Indian journal of veterinary science and animal husbandry - Volumes 18-21, 1948-1951
Year: 1948
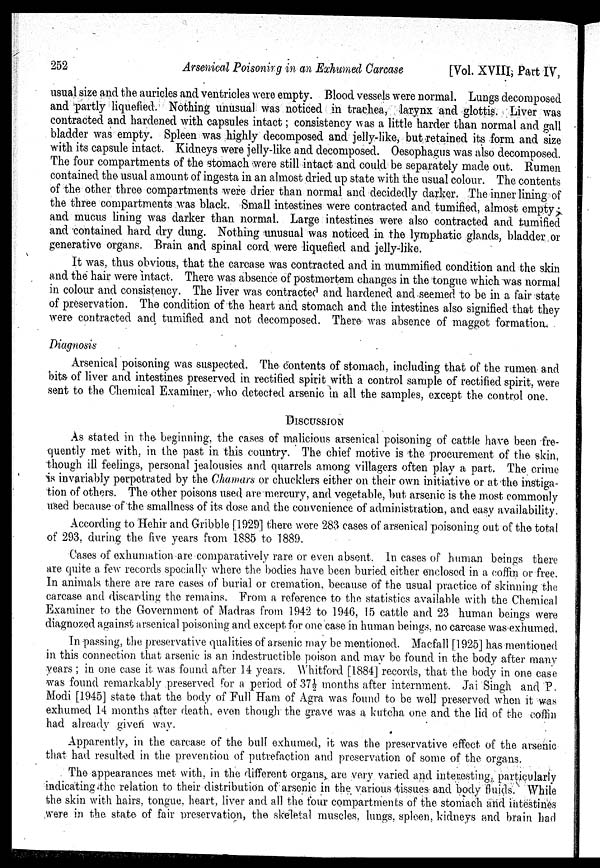
252
Arsenical Poisoning in an Exhumed Carcase
[Vol. XVIII, Part IV,
usual size and the auricles and ventricles were empty. Blood vessels were normal. Lungs decomposed
and partly liquefied. Nothing unusual was noticed in trachea, larynx and glottis. Liver was
contracted and hardened with capsules intact; consistency was a little harder than normal and gall
bladder was empty. Spleen was highly decomposed and jelly-like, but retained its form and size
with its capsule intact. Kidneys were jelly-like and decomposed. Oesophagus was also decomposed.
The four compartments of the stomach were still intact and could be separately made out. Rumen
contained the usual amount of ingesta in an almost dried up state with the usual colour. The contents
of the other three compartments were drier than normal and decidedly darker. The inner lining of
the three compartments was black. Small intestines were contracted and tumified, almost empty
and mucus lining was darker than normal. Large intestines were also contracted and tumified
and contained hard dry dung. Nothing unusual was noticed in the lymphatic glands, bladder or
generative organs. Brain and spinal cord were liquefied and jelly-like.
It was, thus obvious, that the carcase was contracted and in mummified condition and the skin
and the hair were intact. There was absence of postmortem changes in the tongue which was normal
in colour and consistency. The liver was contracted and hardened and seemed to be in a fair state
of preservation. The condition of the heart and stomach and the intestines also signified that they
were contracted and tumified and not decomposed. There was absence of maggot formation.
Diagnosis
Arsenical poisoning was suspected. The contents of stomach, including that of the rumen and
bits of liver and intestines preserved in rectified spirit with a control sample of rectified spirit, were
sent to the Chemical Examiner, who detected arsenic in all the samples, except the control one.
DISCUSSION
As stated in the beginning, the cases of malicious arsenical poisoning of cattle have been fre-
quently met with, in the past in this country. The chief motive is the procurement of the skin,
though ill feelings, personal jealousies and quarrels among villagers often play a part. The crime
is invariably perpetrated by the Chamars or chucklers either on their own initiative or at the instiga-
tion of others. The other poisons used are mercury, and vegetable, but arsenic is the most commonly
used because of the smallness of its dose and the convenience of administration, and easy availability.
According to Hehir and Gribble [1929] there were 283 cases of arsenical poisoning out of the total
of 293, during the five years from 1885 to 1889.
Cases of exhumation are comparatively rare or even absent. In cases of human beings there
are quite a few records specially where the bodies have been buried either enclosed in a coffin or free.
In animals there are rare cases of burial or cremation, because of the usual practice of skinning the
carcase and discarding the remains. From a reference to the statistics available with the Chemical
Examiner to the Government of Madras from 1942 to 1946, 15 cattle and 23 human beings were
diagnozed against arsenical poisoning and except for one case in human beings no carcase was exhumed.
In passing, the preservative qualities of arsenic may be mentioned. Macfall [1925] has mentioned
in this connection that arsenic is an indestructible poison and may be found in the body after many
years ; in one case it was found after 14 years. Whitford [1884] records, that the body in one case
was found remarkably preserved for a period of 37½ months after internment. Jai Singh and P.
Modi [1945] state that the body of Full Ham of Agra was found to be well preserved when it was
exhumed 14 months after death, even though the grave was a kutcha one and the lid of the coffin
had already given way.
Apparently, in the carcase of the bull exhumed, it was the preservative effect of the arsenic
that had resulted in the prevention of putrefaction and preservation of some of the organs.
The appearances met with, in the different organs, are very varied and interesting , particularly
indicating the relation to their distribution of arsenic in the various tissues and body fluids. While
the skin with hairs, tongue, heart, liver and all the four compartments of the stomach and intestines
were in the state of fair preservation, the skeletal muscles, lungs, spleen, kidneys and brain had